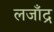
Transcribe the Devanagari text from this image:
लजाँद्र